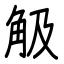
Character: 觙